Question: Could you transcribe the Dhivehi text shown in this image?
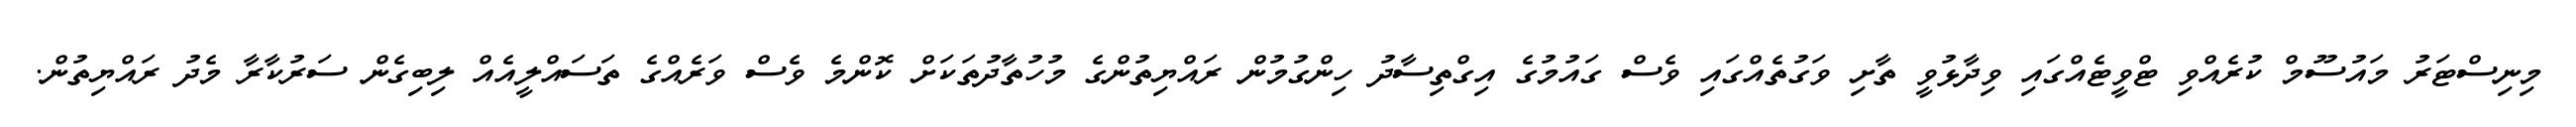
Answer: މިނިސްޓަރު މައުސޫމް ކުރެއްވި ޓްވީޓެއްގައި ވިދާޅުވީ ތާށި ވަގުތެއްގައި ވެސް ގައުމުގެ އިގްތިސާދު ހިންގުމުން ރައްޔިތުންގެ މުހުތާދުތަކަށް ކޮންމެ ވެސް ވަރެއްގެ ތަސައްލީއެއް ލިބިގެން ސަރުކާރާ މެދު ރައްޔިތުން.